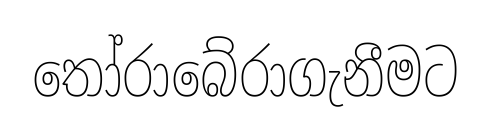
තෝරාබේරාගැනීමට